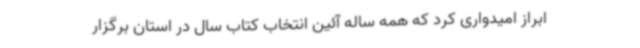
ابراز امیدواری کرد که همه ساله آئین انتخاب کتاب سال در استان برگزار